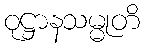
ဝုဋ္ဌာနသမ္မုတိ